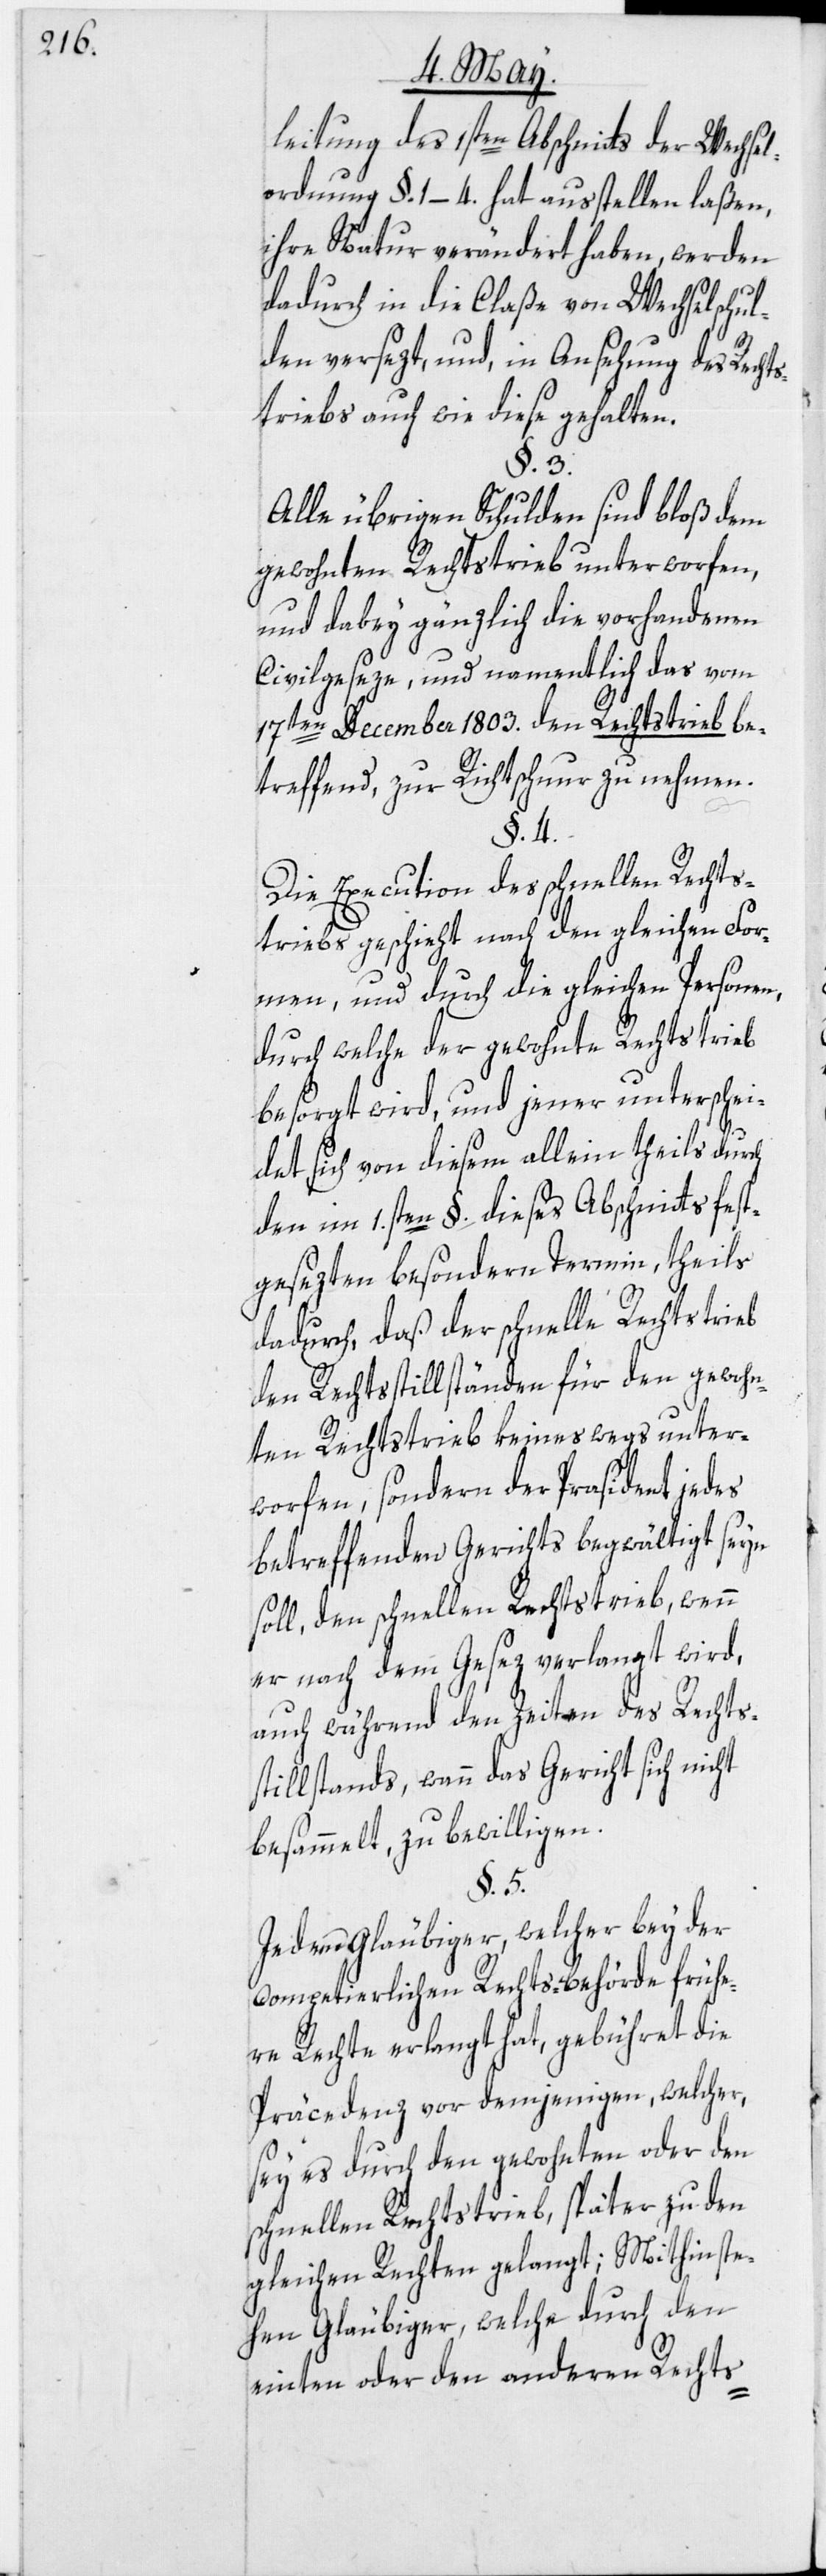
leitung des 1sten Abschnitts der Wechsel¬
ordnung §. 1–4. hat ausstellen laßen,
ihre Natur verändert haben, werden
dadurch in die Claße von Wechselschul¬
den versezt, und, in Ansehung des Rechts¬
triebs auch wie diese gehalten.
§. 3.
Alle übrigen Schulden sind bloß dem
gewohnten Rechtstrieb unterworfen,
und dabey gänzlich die vorhandenen
Civilgeseze, und namentlich das vom
17ten December 1803. den Rechtstrieb be¬
treffend, zur Richtschnur zu nehmen.
§. 4.
Die Execution des schnellen Rechts¬
triebs geschieht nach den gleichen For¬
men, und durch die gleichen Personen,
durch welche der gewohnte Rechtstrieb
besorgt wird, und jener unterschei¬
det sich von diesem allein theils durch
den im 1sten §. dieses Abschnitts fest¬
gesezten besondern Termin, theils
dadurch, daß der schnelle Rechtstrieb
den Rechtsstillständen für den gewohn¬
ten Rechtstrieb keineswegs unter¬
worfen, sondern der Prasident jedes
betreffenden Gerichts begwältigt seyn
soll, den schnellen Rechtstrieb, wenn
er nach dem Gesez verlangt wird,
auch während den Zeiten des Rechts¬
stillstands, wann das Gericht sich nicht
besammelt, zu bewilligen.
§. 5.
Jedem Gläubiger, welcher bey der
competierlichen Rechts-Behörde frühe¬
re Rechte verlangt hat, gebühret die
Präcedenz vor demjenigen, welcher,
sey es durch den gewohnten oder den
schnellen Rechtstrieb, später zu den
gleichen Rechten gelangt; Mithin ste¬
hen Gläubiger, welche durch den
einten oder den anderen Rechts-